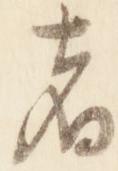
者